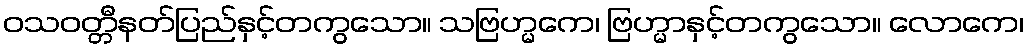
ဝသဝတ္တီနတ်ပြည်နှင့်တကွသော။ သဗြဟ္မကေ၊ ဗြဟ္မာနှင့်တကွသော။ လောကေ၊